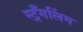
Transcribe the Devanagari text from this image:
स्ट्रँगलिंग